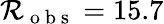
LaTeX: \mathcal{R}_{\mathrm{~o~b~s~}}=15.7